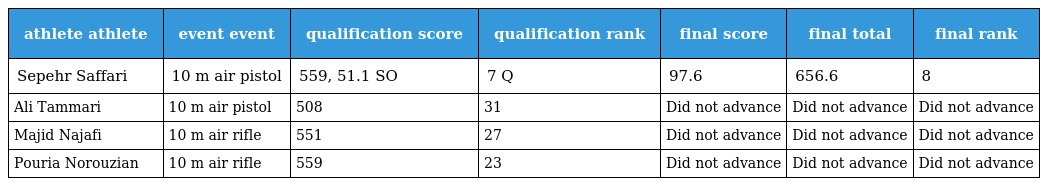
| athlete athlete | event event | qualification score | qualification rank | final score | final total | final rank |
 | --- | --- | --- | --- | --- | --- | --- |
 | Sepehr Saffari | 10 m air pistol | 559, 51.1 SO | 7 Q | 97.6 | 656.6 | 8 |
 | Ali Tammari | 10 m air pistol | 508 | 31 | Did not advance | Did not advance | Did not advance |
 | Majid Najafi | 10 m air rifle | 551 | 27 | Did not advance | Did not advance | Did not advance |
 | Pouria Norouzian | 10 m air rifle | 559 | 23 | Did not advance | Did not advance | Did not advance |